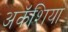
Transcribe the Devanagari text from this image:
अकॅशिया